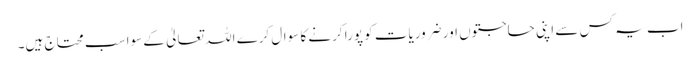
اب یہ کس سے اپنی حاجتوں اور ضروریات کو پورا کرنے کا سوال کرے اللہ تعالیٰ کے سوا سب محتاج ہیں۔